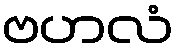
ဗဟလံ